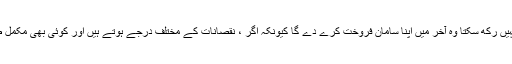
تاجر صارفین کو خلیج میں نہیں رکھ سکتا وہ آخر میں اپنا سامان فروخت کرے دے گا کیونکہ اگر ، نقصانات کے مختلف درجے ہوتے ہیں اور کوئی بھی مکمل طور پرنقصان نہیں چاہے گا۔